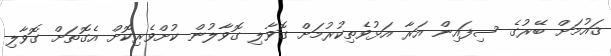
ޤައުމަށް ބޭރުގެ ސިފައިން އަރާ އަޅުވެތިކުރުމަށް ގޮވާލި ގޮވާލުން ކުށްވެރިކޮށް އެގޮތަށް ގޮވާލި